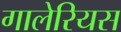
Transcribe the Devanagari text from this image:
गालेरियस